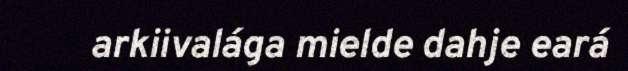
arkiivalága mielde dahje eará